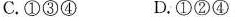
C.①③④ D.①②④